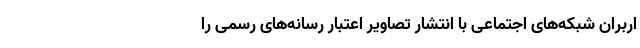
اربران شبکه‌های اجتماعی با انتشار تصاویر اعتبار رسانه‌های رسمی را